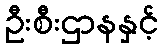
ဦးစီးဌာနနှင့်